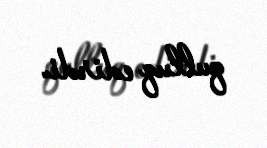
qulluq edirdi.